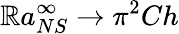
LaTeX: \mathbb{R}a_{NS}^{\infty}\rightarrow\pi^{2}Ch